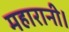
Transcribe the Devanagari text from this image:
महारानी।